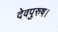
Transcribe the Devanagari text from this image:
देवपुरुष।